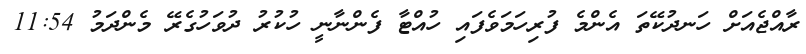
ރާއްޖެއަށް ހަނދުކޭތަ އެންމެ ފުރިހަމަވެފައި ހުއްޓާ ފެންނާނީ ހުކުރު ދުވަހުގެރޭ މެންދަމު 11:54